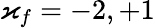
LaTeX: \varkappa_{f}=-2,+1